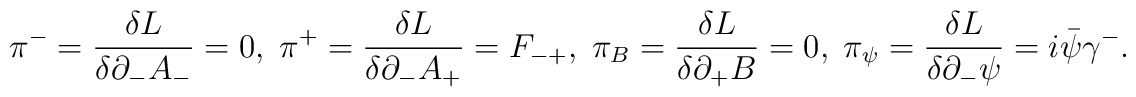
{\pi}^-=\frac{{\delta}L}{{\delta}{\partial}_-A_-}=0,\;{\pi}^+=\frac{{\delta}L}{{\delta}{\partial}_-A_+}=F_{-+},\;{\pi}_B=\frac{{\delta}L}{{\delta}{\partial}_+B}=0,\;{\pi}_{\psi}=\frac{{\delta}L}{{\delta}{\partial}_-{\psi}}=i\bar{\psi}{\gamma}^-.